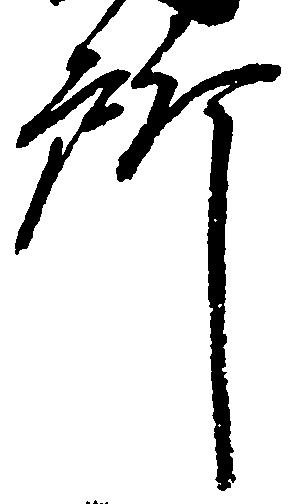
所